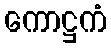
ကောဋ္ဌကံ